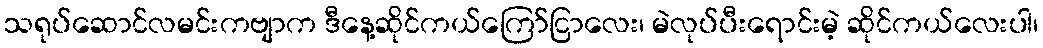
သရုပ်ဆောင်လမင်းကဗျာက ဒီနေ့ဆိုင်ကယ်ကြော်ငြာလေး၊ မဲလုပ်ပီးရောင်းမဲ့ ဆိုင်ကယ်လေးပါ၊